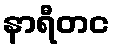
နာရီတင